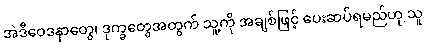
အဲဒီဝေဒနာတွေ၊ ဒုက္ခတွေအတွက် သူ့ကို အချစ်ဖြင့် ပေးဆပ်ရမည်ဟု သူ